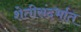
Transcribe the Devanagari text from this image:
शेतीसंदर्भात